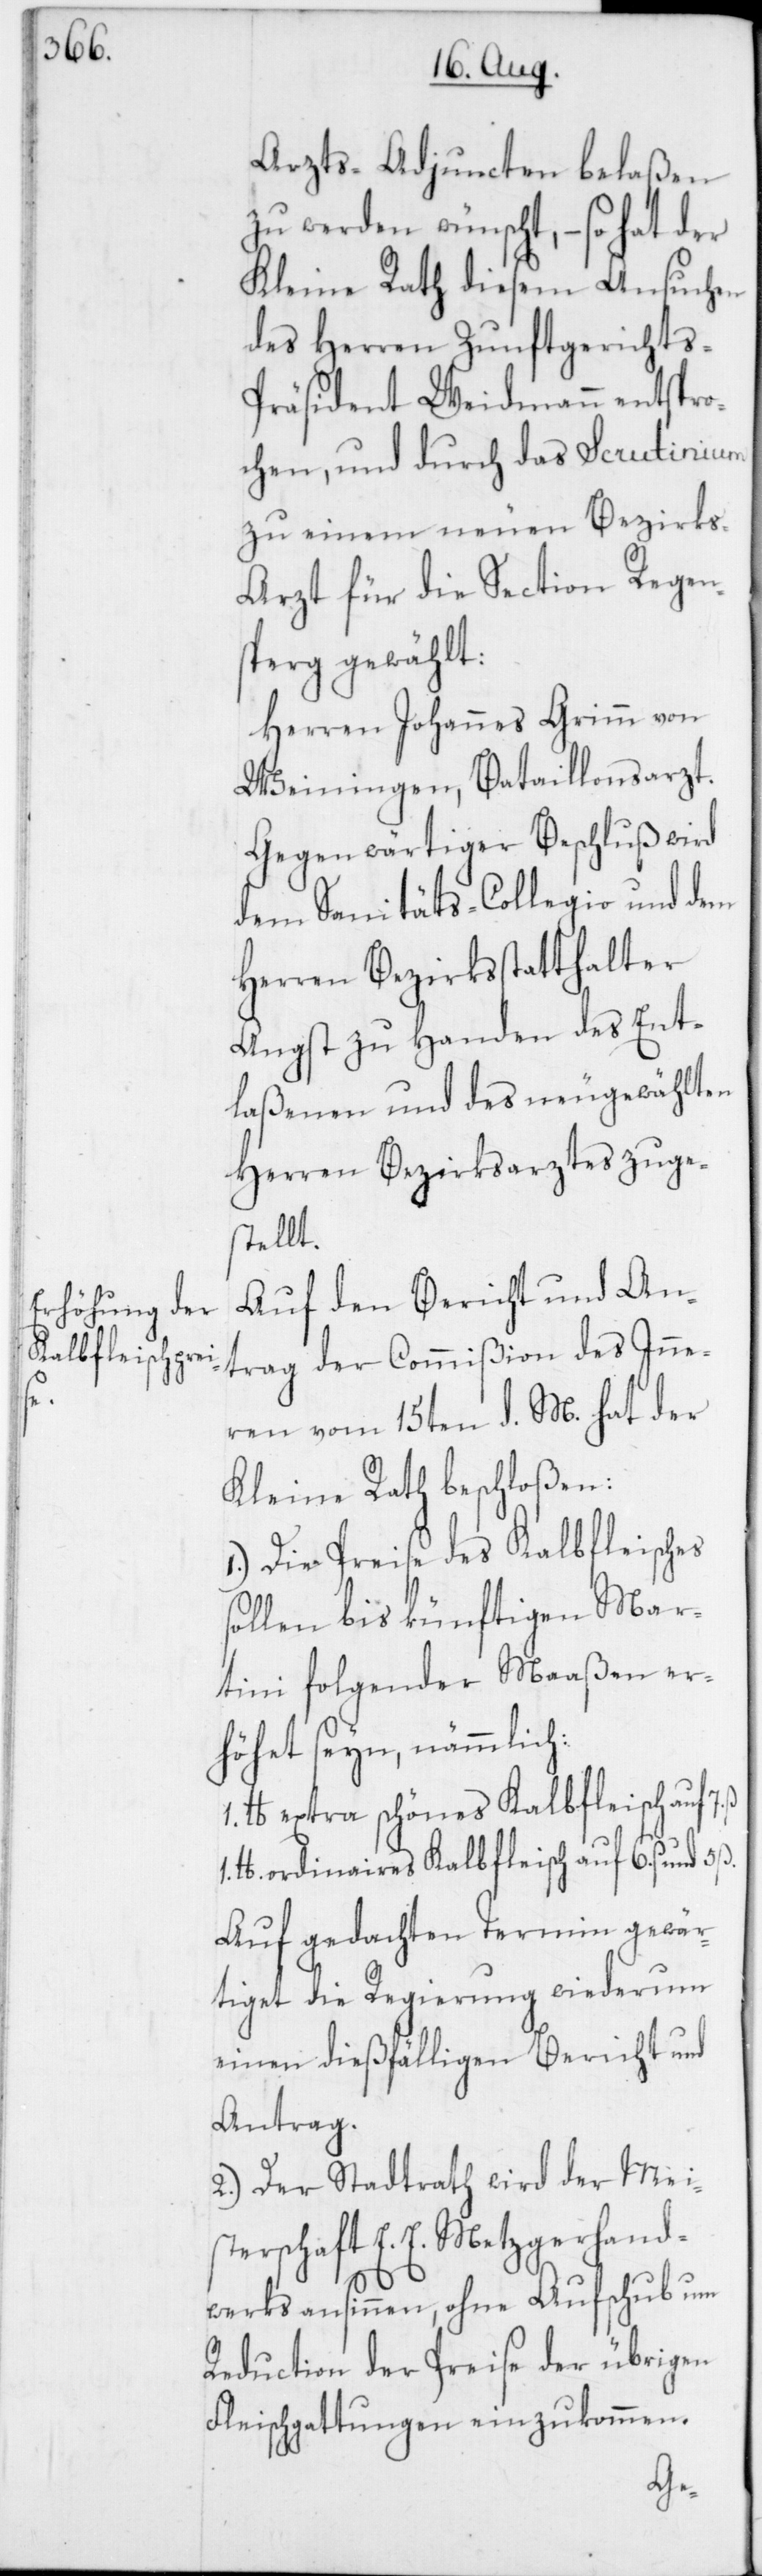
Arzts-Adjuncten belaßen
zu werden wünscht, – so hat der
Kleine Rath diesem Ansuchen
des Herren Zunftgerichts-P¬
räsident Weidmann entspro¬
chen, und durch das Scrutinium
zu einem neuen Bezirks-A¬
rzt für die Section Regens¬
perg gewählt:
Herren Johannes Grimm von
Weiningen, Bataillonsarzt.
Gegenwärtiger Beschluß wird
dem Sanitäts-Collegio und dem
Herren Bezirksstatthalter
Angst zu Handen des Ent¬
laßenen und des neugewählten
Herren Bezirksarztes zuge¬
stellt.
Auf den Bericht und An¬
trag der Commißion des Inne¬
ren vom 15ten d. M. hat der
Kleine Rath beschloßen:
1. Die Preise des Kalbfleisches
sollen bis künftigen Mar¬
tini folgender Maaßen er¬
höhet seyn, nämlich:
1. lb extra schönes Kalbfleisch auf
lb. ordinaires Kalbfleisch auf 6. ß und
Auf gedachten Termin gewär¬
tiget die Regierung wiederum
einen dießfälligen Bericht und
Antrag.
2. Der Stadtrath wird der Meis¬
terschaft E. E. Metzgerhand¬
werks ansinnen, ohne Aufschub um
Reduction der Preise der übrigen
Fleischgattungen einzukommen.